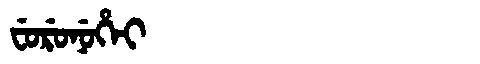
Manchu: ᠸᡠᡵᡠᠨᡠᡥᡝᡳ
Romanization: FURUNUHEI